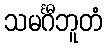
သမင်္ဂီဘူတံ